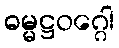
ဓမ္မဋ္ဌဝဂ္ဂေါ